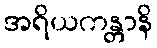
အရိယကန္တာနိ